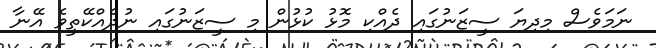
ނަމަވެސް މިދިޔަ ސީޒަނުގައި ދެއްކި މޮޅު ކުޅުން މި ސީޒަނުގައި ނުދެއްކޭތީވެ އޭނާ